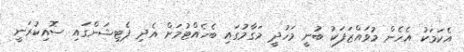
އެކަމަކު އެހެން މުވައްޒަފަކު ބުނީ މަހުދީ މަގާމުގައި ބެހެއްޓުމަށް އެދި ޕެޓިޝަންގައި ސޮއިކުރަނީ